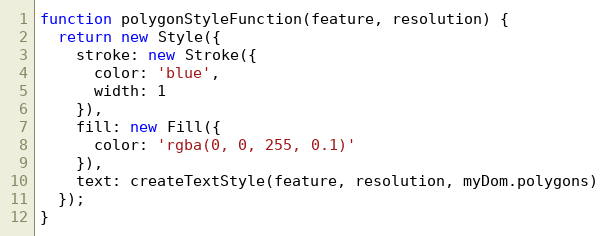
Language: JavaScript
function polygonStyleFunction(feature, resolution) {
  return new Style({
    stroke: new Stroke({
      color: 'blue',
      width: 1
    }),
    fill: new Fill({
      color: 'rgba(0, 0, 255, 0.1)'
    }),
    text: createTextStyle(feature, resolution, myDom.polygons)
  });
}